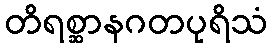
တိရစ္ဆာနဂတပုရိသံ